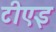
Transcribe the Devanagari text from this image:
टीएइ